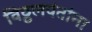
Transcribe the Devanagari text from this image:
विठ्ठलपंतांना